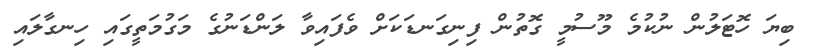
ބިޔަ ހޮޓަލުން ނުކުމެ މޫސުމީ ގޮތުން ފިނިގަނޑަކަށް ވެފައިވާ ލަންޑަނުގެ މަގުމަތީގައި ހިނގާލައި